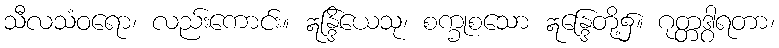
သီလသံဝရော၊ လည်းကောင်း။ ဣန္ဒြိယေသု၊ စက္ခုစသော ဣန္ဒြေတို့၌။ ဂုတ္တဒွါရတာ၊